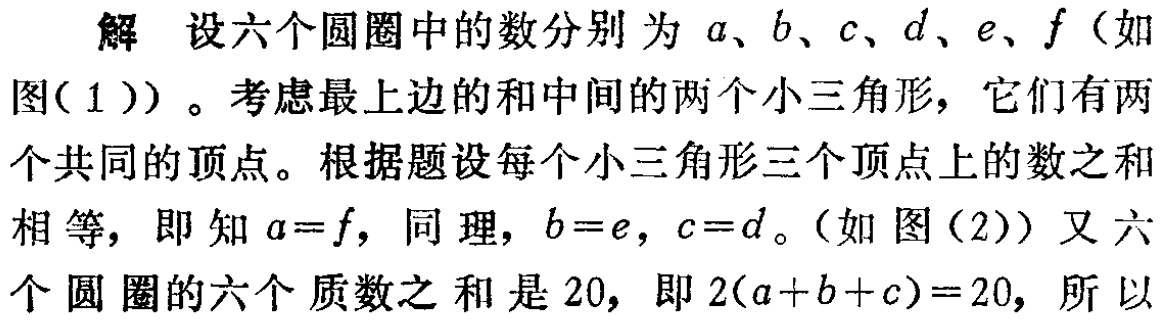
解 设六个圆圈中的数分别为 \(a、b、c、d、e、f\)（如图(1)）。考虑最上边的和中间的两个小三角形，它们有两个共同的顶点。根据题设每个小三角形三个顶点上的数之和相等，即知 \(a = f\)，同理，\(b = e\)，\(c = d\)。（如图(2)）又六个圆圈的六个质数之和是 \(20\)，即 \(2(a + b + c)=20\)，所以